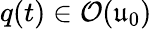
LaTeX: q(t)\in\mathcal{O}(\mathfrak{u}_{0})